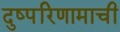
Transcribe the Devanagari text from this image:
दुष्परिणामाची